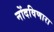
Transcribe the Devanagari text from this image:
नोंदविणारा